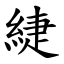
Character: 緁